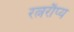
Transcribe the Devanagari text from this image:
रत्नरौप्य